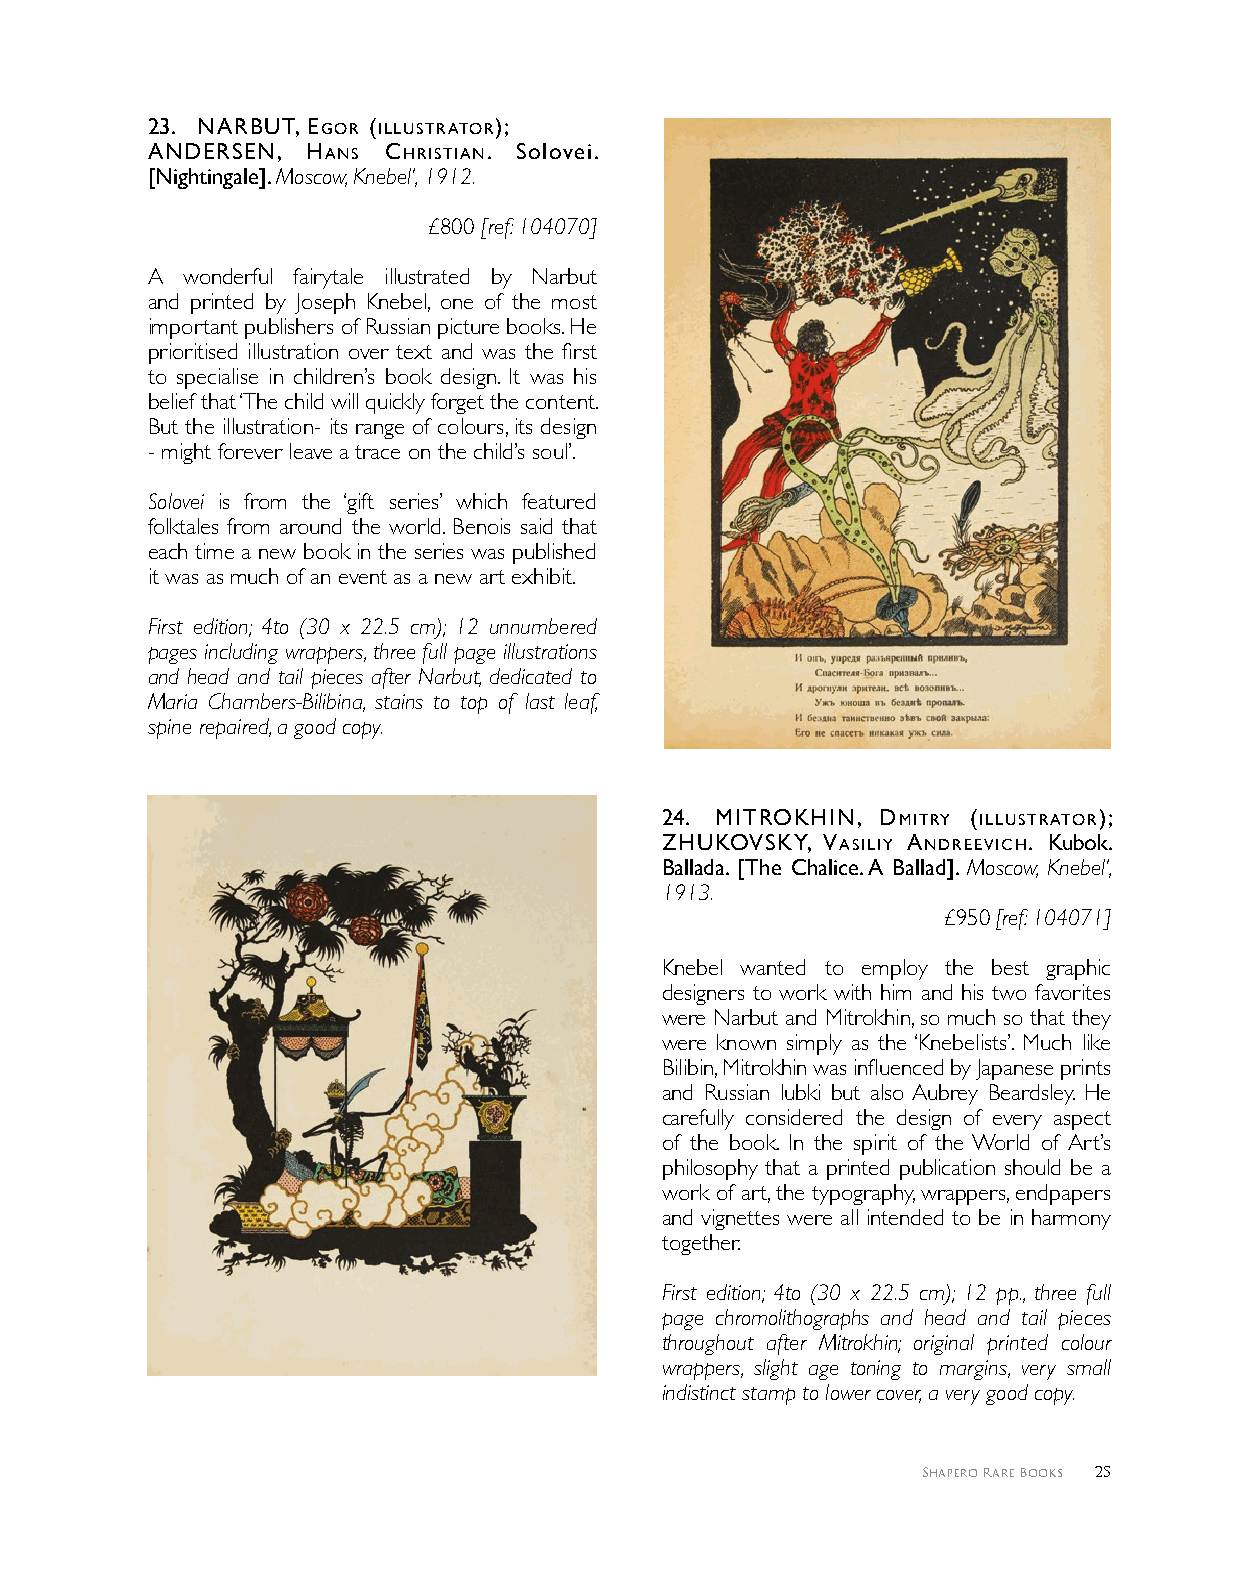
2 3 . NArbUT, egor (IllUSTrATor);
 ANderSeN, HANS cHrISTIAN. Solovei.
 [Nightingale]. Moscow, Knebel’, 1912.
 £800 [ref: 104070]
 A wonderful fairytale illustrated by Narbut
 and printed by Joseph Knebel, one of the most
 important publishers of Russian picture books. He
 prioritised illustration over text and was the first
 to specialise in children’s book design. It was his
 belief that ‘The child will quickly forget the content.
 But the illustration- its range of colours, its design
 - might forever leave a trace on the child’s soul’.
 Solovei is from the ‘gift series’ which featured
 folktales from around the world. Benois said that
 each time a new book in the series was published
 it was as much of an event as a new art exhibit.
 First edition; 4to (30 x 22.5 cm); 12 unnumbered
 pages including wrappers, three full page illustrations
 and head and tail pieces after Narbut, dedicated to
 Maria Chambers-Bilibina, stains to top of last leaf,
 spine repaired, a good copy.
 2 4 . MITroKHIN, dMITrY (IllUSTrATor);
 ZHUKoVSKY, VASIlIY ANdreeVIcH. Kubok.
 Ballada. [The Chalice. A Ballad]. Moscow, Knebel’,
 1913.
 £950 [ref: 104071]
 Knebel wanted to employ the best graphic
 designers to work with him and his two favorites
 were Narbut and Mitrokhin, so much so that they
 were known simply as the ‘Knebelists’. Much like
 Bilibin, Mitrokhin was influenced by Japanese prints
 and Russian lubki but also Aubrey Beardsley. He
 carefully considered the design of every aspect
 of the book. In the spirit of the World of Art’s
 philosophy that a printed publication should be a
 work of art, the typography, wrappers, endpapers
 and vignettes were all intended to be in harmony
 together.
 First edition; 4to (30 x 22.5 cm); 12 pp., three full
 page chromolithographs and head and tail pieces
 throughout after Mitrokhin; original printed colour
 wrappers, slight age toning to margins, very small
 indistinct stamp to lower cover, a very good copy.
 Shapero Rare Books 25